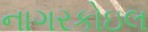
નાગરકોઇલ